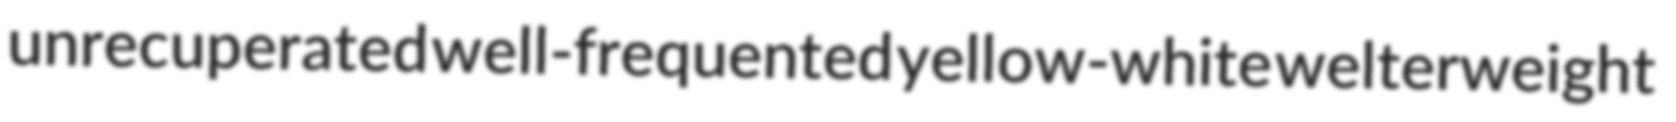
unrecuperated well-frequented yellow-white welterweight